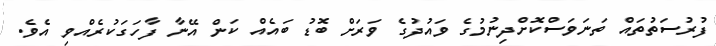
ފުރުސަތުތައް ތަނަވަސްކޮށްދިނުމުގެ ވައުދުގެ ވަރަށް ބޮޑު ބައެއް ކަން އޭނާ ފާހަގަކުރެއްވި އެވެ.